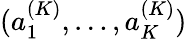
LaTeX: (a_{1}^{(K)},\ldots,a_{K}^{(K)})